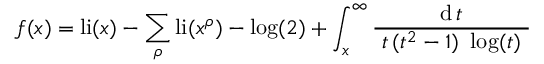
f ( x ) = \operatorname { l i } ( x ) - \sum _ { \rho } \operatorname { l i } ( x ^ { \rho } ) - \log ( 2 ) + \int _ { x } ^ { \infty } { \frac { \operatorname { d } t } { ~ t \, ( t ^ { 2 } - 1 ) ~ \log ( t ) ~ } }